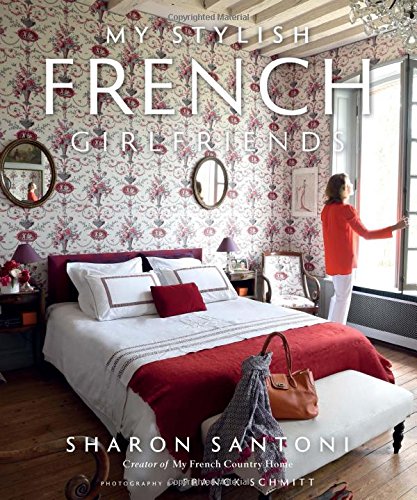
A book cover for My Stylish French Girlfriends; Sharon Santoni; Crafts, Hobbies & Home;